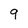
Character: 9